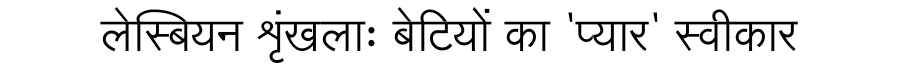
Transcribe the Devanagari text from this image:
लेस्बियन शृंखलाः बेटियों का 'प्यार' स्वीकार